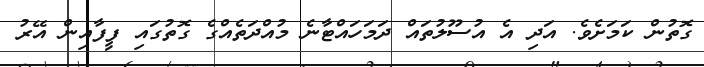
ގޮތުން ކަމަށެވެ. އަދި އެ އުސޫލުތައް ދަމަހައްޓާނެ މުއްދަތެއްގެ ގޮތުގައި ފީފާއިން އޭރު